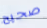
صحيح